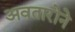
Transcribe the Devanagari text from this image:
अवतारोने